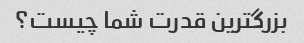
بزرگترین قدرت شما چیست؟